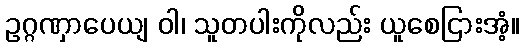
ဥဂ္ဂဏှာပေယျ ဝါ၊ သူတပါးကိုလည်း ယူစေငြားအံ့။